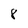
Character: 8